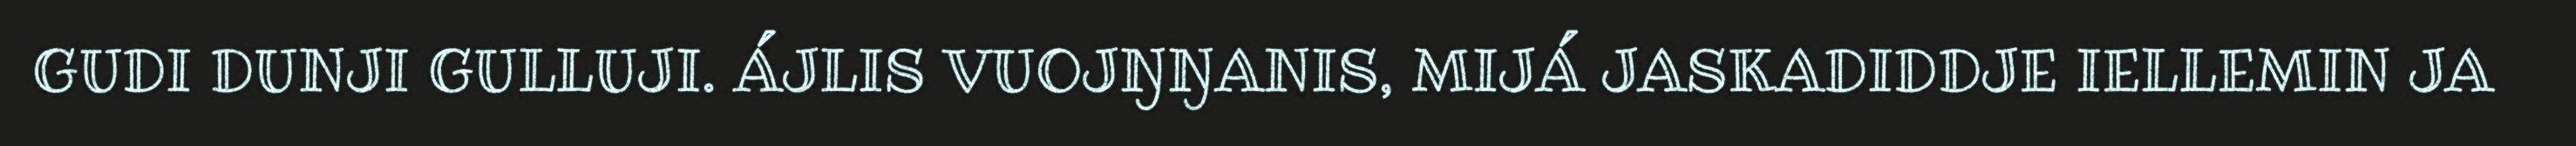
GUDI DUNJI GULLUJI. ÁJLIS VUOJŊŊANIS, MIJÁ JASKADIDDJE IELLEMIN JA